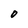
Character: 0